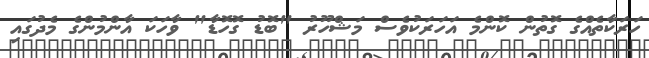
ހަރަކާތެއްގެ ގޮތުން ކޮންމެ އަހަރަކުވެސް މަޝްހޫރު "ބޮޑު ގޮހޮޑާ" ވާހަކަ އާންމުންގެ މެދުގައި